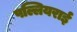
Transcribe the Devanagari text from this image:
पल्लियराई